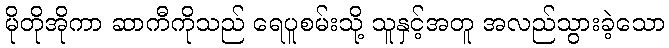
မိုတိုအိုကာ ဆာကီကိုသည် ရေပူစမ်းသို့ သူနှင့်အတူ အလည်သွားခဲ့သော